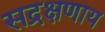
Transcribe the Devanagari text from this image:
सद्रक्षणाय